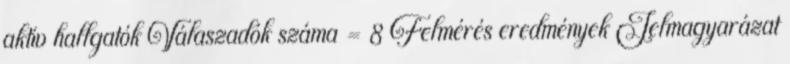
aktív hallgatók Válaszadók száma = 8 Felmérés eredmények Jelmagyarázat